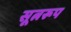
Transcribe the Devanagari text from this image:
सूत्नरूप